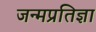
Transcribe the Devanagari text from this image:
जन्मप्रतिज्ञा